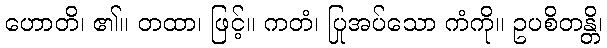
ဟောတိ၊ ၏။ တထာ၊ ဖြင့်။ ကတံ၊ ပြုအပ်သော ကံကို။ ဥပစိတန္တိ၊